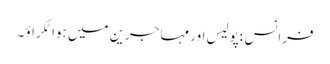
فرانس؛پولیس اور مہاجرین میں ہوا ٹکراؤ ۔